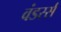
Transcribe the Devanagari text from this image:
वंडरर्स